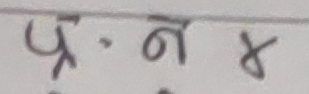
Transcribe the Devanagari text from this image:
प्र. ने ४